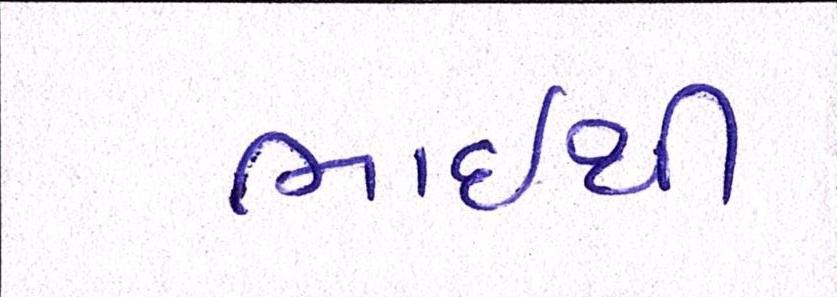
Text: ભાઇથી